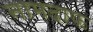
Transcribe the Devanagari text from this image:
नामदाफ